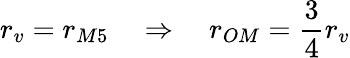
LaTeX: r_{v}=r_{M5}\quad\Rightarrow\quad r_{OM}=\frac{3}{4}r_{v}